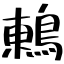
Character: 鶇